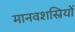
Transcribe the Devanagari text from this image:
मानवशस्रियों